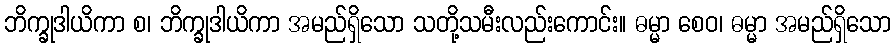
ဘိက္ခုဒါယိကာ စ၊ ဘိက္ခုဒါယိကာ အမည်ရှိသော သတို့သမီးလည်းကောင်း။ ဓမ္မာ စေဝ၊ ဓမ္မာ အမည်ရှိသော